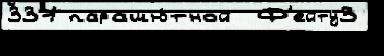
331 парашю́тной  Ф'ейту3